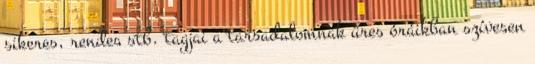
sikeres, rendes stb. tagjai a társadalomnak üres óráikban szívesen